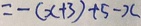
= - ( x + 3 ) + 5 - x